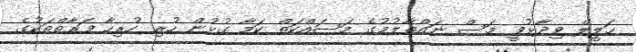
ހަލީލް ވިދާޅުވީ މަސް ނައްތާލުމުގެ މަސައްކަތް ކަމާ ގުޅުން ހުރި ހުރިހާ ފަރާތްތަކުގެ